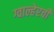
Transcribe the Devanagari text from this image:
ग्वाल्हेरची